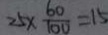
2 5 \times \frac { 6 0 } { 1 0 0 } = 1 5